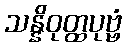
သန္နိဝုတ္ထပုဗ္ဗံ